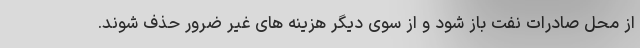
از محل صادرات نفت باز شود و از سوی دیگر هزینه های غیر ضرور حذف شوند.